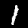
Digit: 1